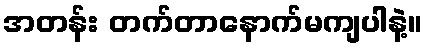
အတန်း တက်တာနောက်မကျပါနဲ့။